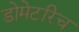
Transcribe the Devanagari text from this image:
डोमेटरिच